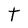
Character: t